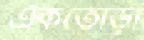
একতোড়া